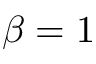
\beta = 1